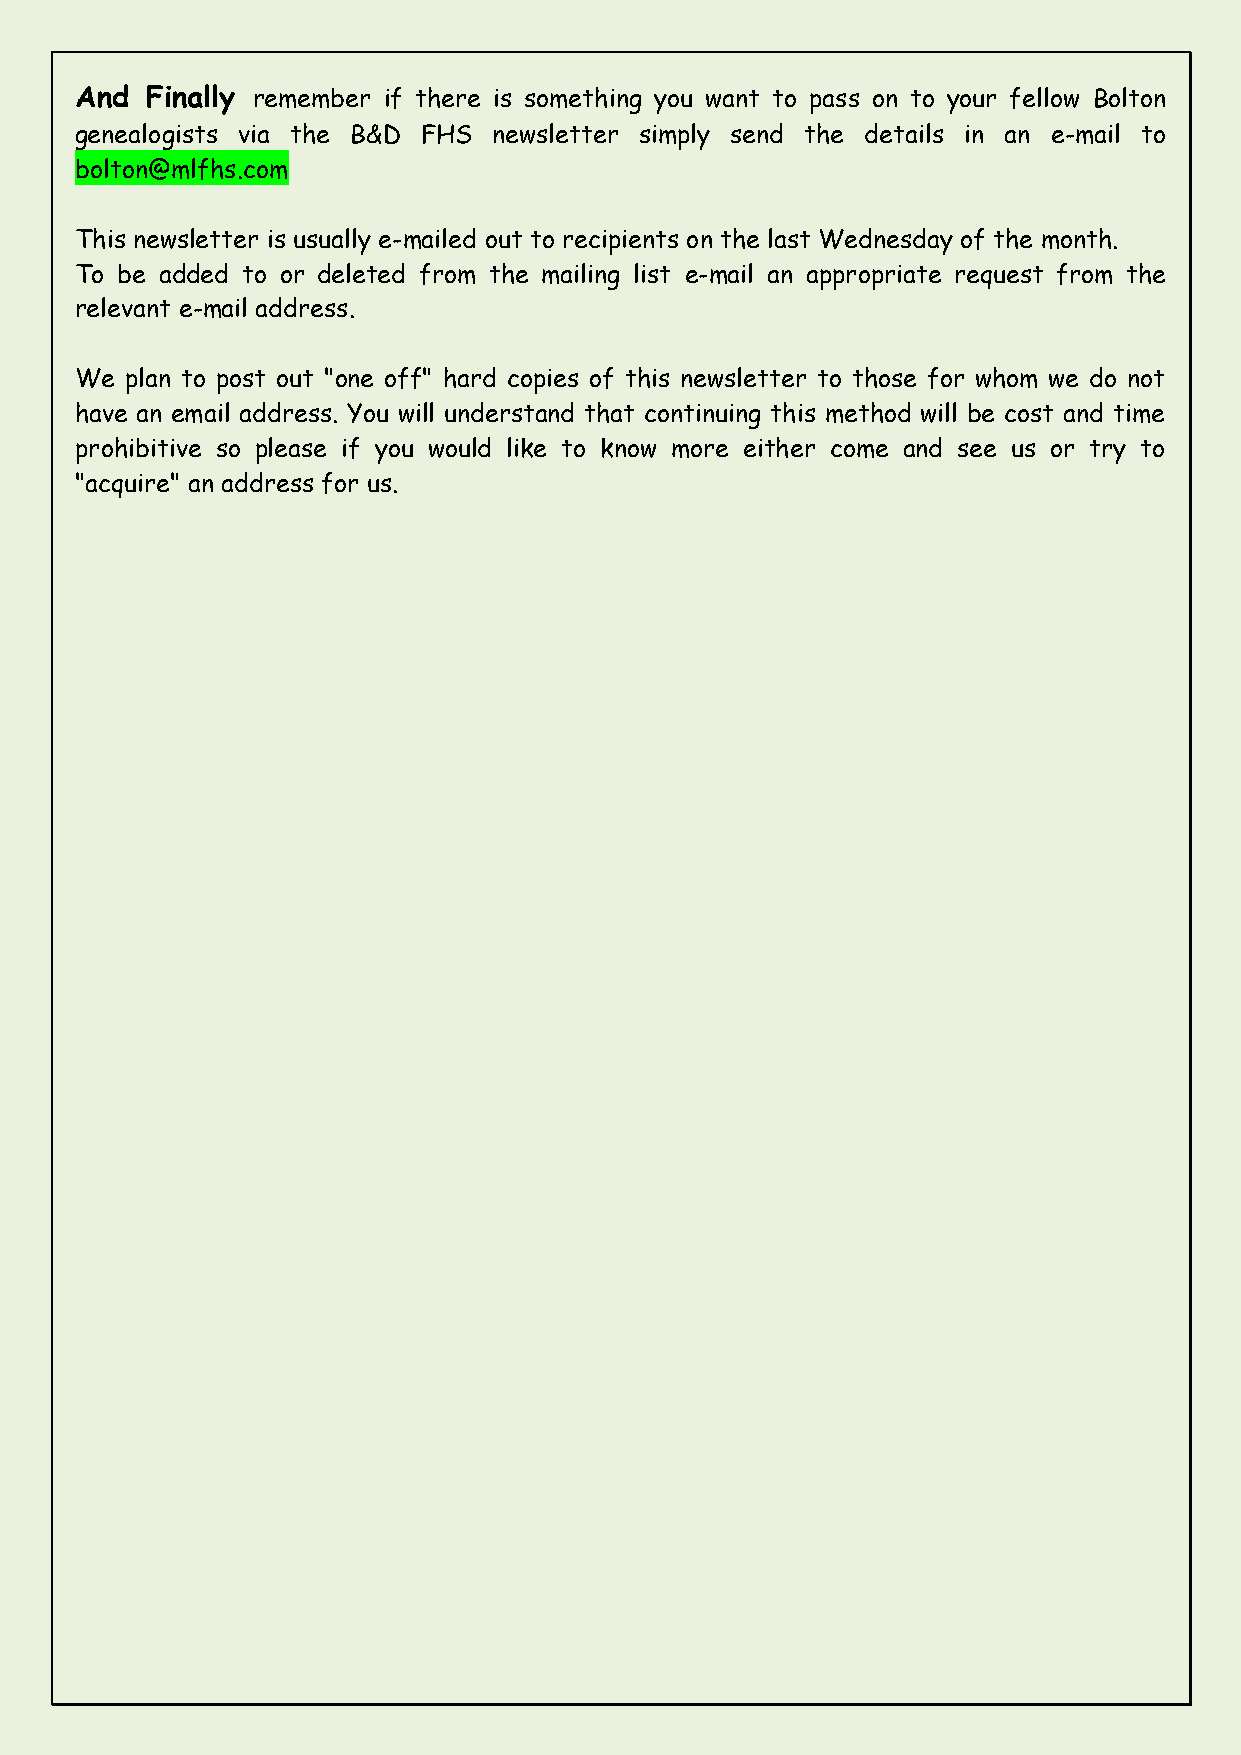
And  Finally remember if there is something you want to pass on to your fellow Bolton
 genealogists via the B&D FHS newsletter simply send the details in an e-mail to
 bolton@mlfhs.com
 This newsletter is usually e-mailed out to recipients on the last Wednesday of the month.
 To be added to or deleted from the mailing list e-mail an appropriate request from the
 relevant e-mail address.
 We plan to post out "one off" hard copies of this newsletter to those for whom we do not
 have an email address. You will understand that continuing this method will be cost and time
 prohibitive so please if you would like to know more either come and see us or try to
 "acquire" an address for us.